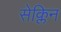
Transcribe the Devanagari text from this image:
सेक्लिन